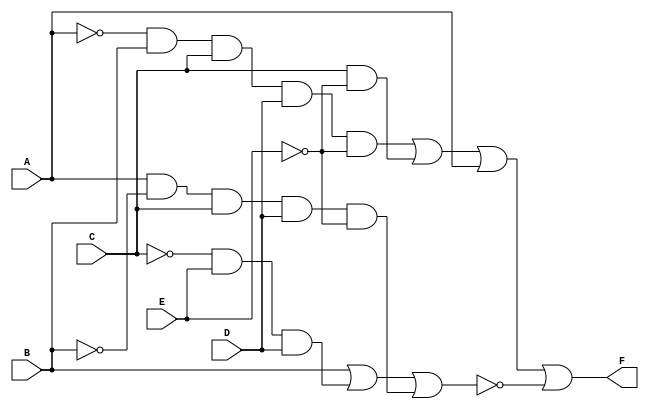
module odev1_devre(
    input A,
    input B,
    input C,
    input D,
    input E,
    output F
);

wire notA;
wire notB;
wire notC;
wire notE;

not(notA,A);
not(notB,B);
not(notC,C);
not(notE,E);

// wire1 = A'BCDE'
wire wire1;
and(wire1,notA,B,C,D,notE);

// wire2 = CE'
wire wire2;
and(wire2,C,notE);

//part1 = A'BCDE'+CE'+A
wire part1;
or(part1,wire1,wire2,A);

//wireX = C'ED
wire wireX;
and(wireX,notC,E,D);

//wireY = AB'CDE'
wire wireY;
and(wireY,A,notB,C,D,notE);

//part2 = B+C'ED+AB'CDE'
wire part2;
or(part2,B,wireX,wireY);

//notpart2 = (B+C'ED+AB'CDE')'
wire notpart2;
not(notpart2,part2);

//F = (A'BCDE'+CE'+A)+(B+C'ED+AB'CDE')'
or(F,part1,notpart2);

endmodule